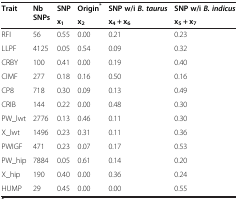
<table><thead><tr><td rowspan="2"><b>Trait</b></td><td rowspan="2"><b>Nb SNPs</b></td><td><b>SNP</b></td><td><b>Origin<sup>*</sup></b></td><td><b>SNP w/i <i>B. taurus</i></b></td><td><b>SNP w/i <i>B. indicus</i></b></td></tr><tr><td><b>x<sub>1</sub></b></td><td><b>x<sub>2</sub></b></td><td><b>x<sub>4</sub> + x<sub>6</sub></b></td><td><b>x<sub>5</sub> + x<sub>7</sub></b></td></tr></thead><tbody><tr><td>RFI</td><td>56</td><td>0.55</td><td>0.00</td><td>0.21</td><td>0.23</td></tr><tr><td>LLPF</td><td>4125</td><td>0.05</td><td>0.54</td><td>0.09</td><td>0.32</td></tr><tr><td>CRBY</td><td>100</td><td>0.41</td><td>0.00</td><td>0.19</td><td>0.40</td></tr><tr><td>CIMF</td><td>277</td><td>0.18</td><td>0.16</td><td>0.50</td><td>0.16</td></tr><tr><td>CP8</td><td>718</td><td>0.30</td><td>0.09</td><td>0.13</td><td>0.49</td></tr><tr><td>CRIB</td><td>144</td><td>0.22</td><td>0.00</td><td>0.48</td><td>0.30</td></tr><tr><td>PW_lwt</td><td>2776</td><td>0.13</td><td>0.46</td><td>0.11</td><td>0.30</td></tr><tr><td>X_lwt</td><td>1496</td><td>0.23</td><td>0.31</td><td>0.11</td><td>0.36</td></tr><tr><td>PWIGF</td><td>471</td><td>0.23</td><td>0.07</td><td>0.17</td><td>0.53</td></tr><tr><td>PW_hip</td><td>7884</td><td>0.05</td><td>0.61</td><td>0.14</td><td>0.20</td></tr><tr><td>X_hip</td><td>190</td><td>0.40</td><td>0.00</td><td>0.36</td><td>0.24</td></tr><tr><td>HUMP</td><td>29</td><td>0.45</td><td>0.00</td><td>0.00</td><td>0.55</td></tr></tbody></table>